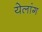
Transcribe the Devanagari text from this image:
येलांग